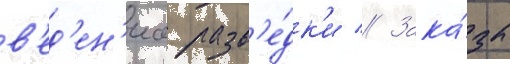
в'ед'ен'иа разв'е́дк'и // Зака́зы